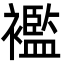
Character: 襤